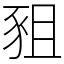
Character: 豠